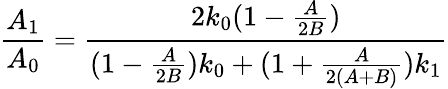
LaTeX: \frac{A_{1}}{A_{0}}=\frac{2k_{0}(1-\frac{A}{2B})}{(1-\frac{A}{2B})k_{0}+(1+\frac{A}{2(A+B)})k_{1}}